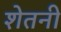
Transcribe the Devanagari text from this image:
शेतनी